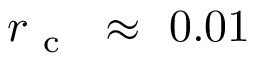
r _ { \mathrm { ~ c ~ } } ~ \approx ~ 0 . 0 1